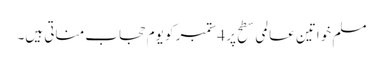
مسلم خواتین عالمی سطح پر 4ستمبر کو یوم حجاب مناتی ہیں۔